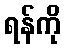
ရန်ကို